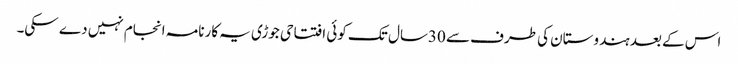
اس کے بعد ہندوستان کی طرف سے 30سال تک کوئی افتتاحی جوڑی یہ کارنامہ انجام نہیں دے سکی۔